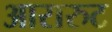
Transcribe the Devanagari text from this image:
आरारुट